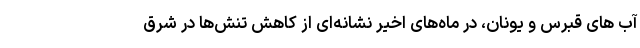
آب های قبرس و یونان، در ماه‌های اخیر نشانه‌ای از کاهش تنش‌ها در شرق